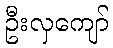
ဦးလှကျော်